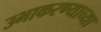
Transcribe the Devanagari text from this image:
उभाकरण्याच्या